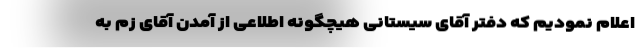
اعلام نمودیم که دفتر آقای سیستانی هیچگونه اطلاعی از آمدن آقای زم به